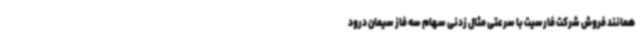
همانند فروش شرکت فارسیت با سرعتی مثال زدنی سهام سه فاز سیمان درود